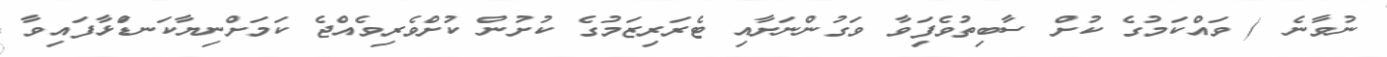
ނުވާނެ ( ވައްކަމުގެ ކުށް ސާބިތުވެފަިވާ ވަގުންނަށާއި ޓެރަރިޒަމުގެ ކުށުން ކުށްވެރިވެއްޖެ ކަމަށްނިޔާކަނޑަްަޅާފައިވާ